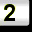
Digit: 2